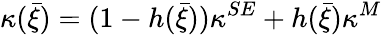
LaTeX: \kappa(\bar{\xi})=(1-h(\bar{\xi}))\kappa^{SE}+h(\bar{\xi})\kappa^{M}